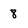
Character: 8